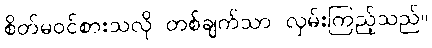
စိတ်မဝင်စားသလို တစ်ချက်သာ လှမ်းကြည့်သည်။